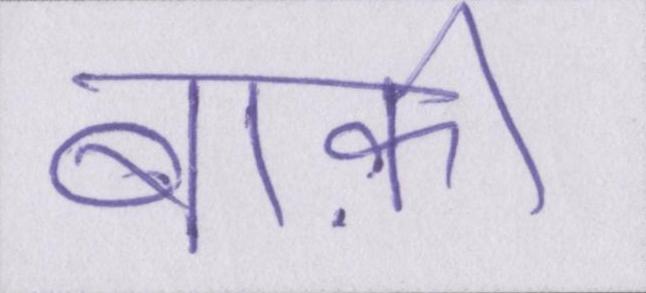
बाक़ी